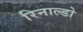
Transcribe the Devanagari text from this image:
रिनाल्डो